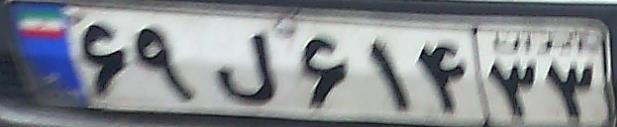
۶۹ل۶۱۴۳۳